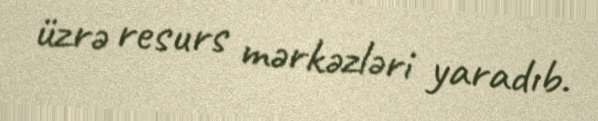
üzrə resurs mərkəzləri yaradıb.